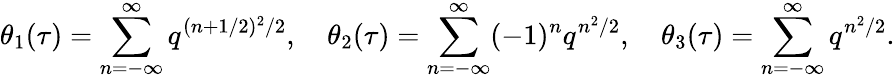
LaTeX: \theta_{1}(\tau)=\sum_{n=-\infty}^{\infty}q^{(n+1/2)^{2}/2},\quad\theta_{2}(\tau)=\sum_{n=-\infty}^{\infty}(-1)^{n}q^{n^{2}/2},\quad\theta_{3}(\tau)=\sum_{n=-\infty}^{\infty}q^{n^{2}/2}.